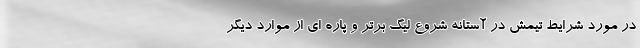
در مورد شرایط تیمش در آستانه شروع لیگ برتر و پاره ای از موارد دیگر